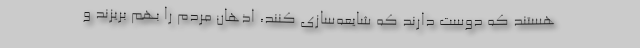
هستند که دوست دارند که شایعه‌سازی کنند، اذهان مردم را بهم بریزند و